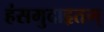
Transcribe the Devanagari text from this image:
हंसमुदाहृतम्